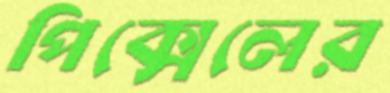
পিক্সেলের